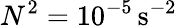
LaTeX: N^{2}=10^{-5}\, \mathrm{{s^{-2}}}